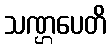
သဏ္ဌပေတိ